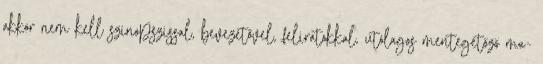
akkor nem kell szinopszissal, bevezetővel, feliratokkal, utólagos mentegetőző ma-